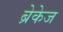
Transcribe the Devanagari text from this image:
ब्रेकेज